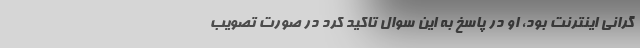
گرانی اینترنت بود، او در پاسخ به این سوال تاکید کرد در صورت تصویب